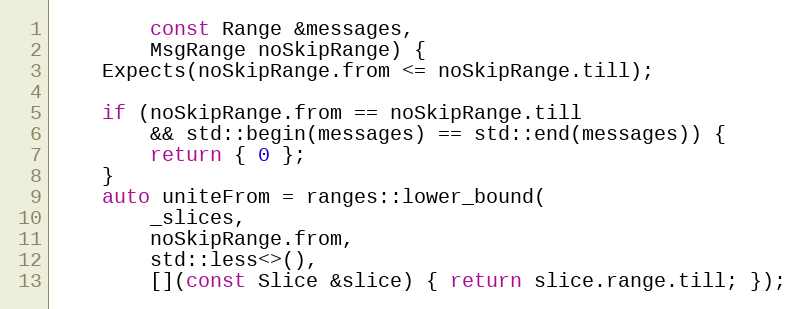
Language: C++
		const Range &messages,
		MsgRange noSkipRange) {
	Expects(noSkipRange.from <= noSkipRange.till);

	if (noSkipRange.from == noSkipRange.till
		&& std::begin(messages) == std::end(messages)) {
		return { 0 };
	}
	auto uniteFrom = ranges::lower_bound(
		_slices,
		noSkipRange.from,
		std::less<>(),
		[](const Slice &slice) { return slice.range.till; });